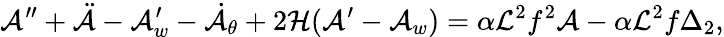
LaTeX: {\cal A}^{\prime\prime}+\ddot{{\cal A}}-{\cal A}_{w}^{\prime}-\dot{{\cal A}}_{\theta}+2{\cal H}({\cal A}^{\prime}-{\cal A}_{w})=\alpha{\cal L}^{2}f^{2}{\cal A}-\alpha{\cal L}^{2}f\Delta_{2},